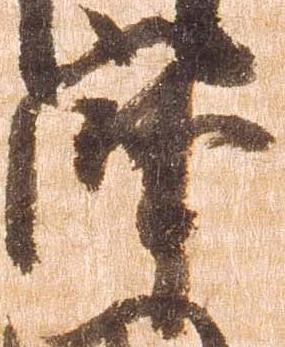
摩